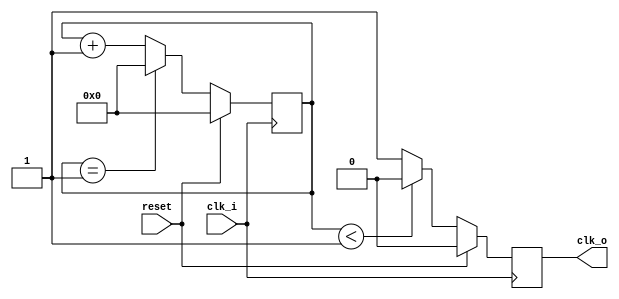
/* OSU Robotics Club Rover 2016
 * Core Electrical System Uniboard HDL
 * Written 2015-2016 Nick Ames <nick@fetchmodus.org> */
`default_nettype none

/* Parametric clock divider. */
module ClockDividerP(
	input wire clk_i,
	output reg clk_o, /* During reset, clk_o is low. */
	input wire reset);
	parameter factor = 2;
	
	reg [31:0] count;					
								
	always @ (posedge clk_i)			
		begin
			if(reset)
				begin
					count <= 0;
					clk_o <= 0;
				end
			else
				begin	
					if(count < (factor >> 1))
						clk_o <= 0;
					else
						clk_o <= 1;

					if(count == factor-1)			
						count <= 0;					
					else
						count <= count + 1;	
				end
		end
endmodule

/* Clock divider. */
module ClockDivider(
	input wire [31:0] factor,
	input wire clk_i,
	output reg clk_o, /* During reset, clk_o is low. */
	input wire reset);
	
	reg [31:0] count;					
	reg [31:0] int_factor;
	
	always @ (posedge clk_i)			
		begin
			if(reset)
				begin
					count <= 0;
					clk_o <= 0;
					if(factor > 32'd1)
						int_factor <= factor;
					else
						int_factor <= 32'd2;
				end
			else
				begin	
					if(count < (int_factor >> 1))
						clk_o <= 0;
					else
						clk_o <= 1;

					if(count >= int_factor-1)
						begin
							count <= 0;
							if(factor > 32'd1)
								int_factor <= factor;
							else
								int_factor <= 32'd2;
						end
					else
						count <= count + 1;	
				end
		end
endmodule

/* Parametric clock divider, outputting short reset pulses. */
module ClockDividerP_SP(
	input wire clk_i,
	output reg clk_o, /* During reset, clk_o is low. */
	input wire reset);
	parameter factor = 2;
	
	reg [31:0] count;					
								
	always @ (posedge clk_i)			
		begin
			if(reset)
				begin
					count <= 0;
					clk_o <= 0;
				end
			else
				begin	
					if(count == 0)
						clk_o <= 1;
					else
						clk_o <= 0;

					if(count == factor-1)			
						count <= 0;					
					else
						count <= count + 1;	
				end
		end
endmodule